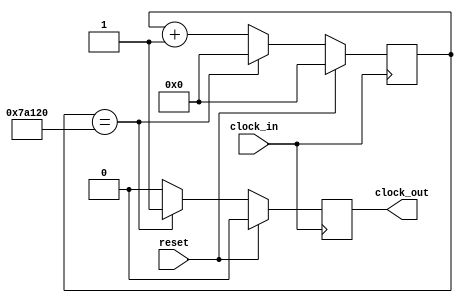
module counter(clock_in, reset, clock_out);

output 		clock_out; 
input 		reset;
input 		clock_in;

reg [30:0] 	counter;
reg 		clock_out;

always @(posedge clock_in)
	if (reset) begin
		counter = 0;
		clock_out = 0;
	end else begin
		if (counter == 500000) begin	//every 10ms
			clock_out = 1;
			counter = 0;
		end else begin		
			clock_out = 0;	
			counter = counter + 1;
		end
			
	end				

endmodule